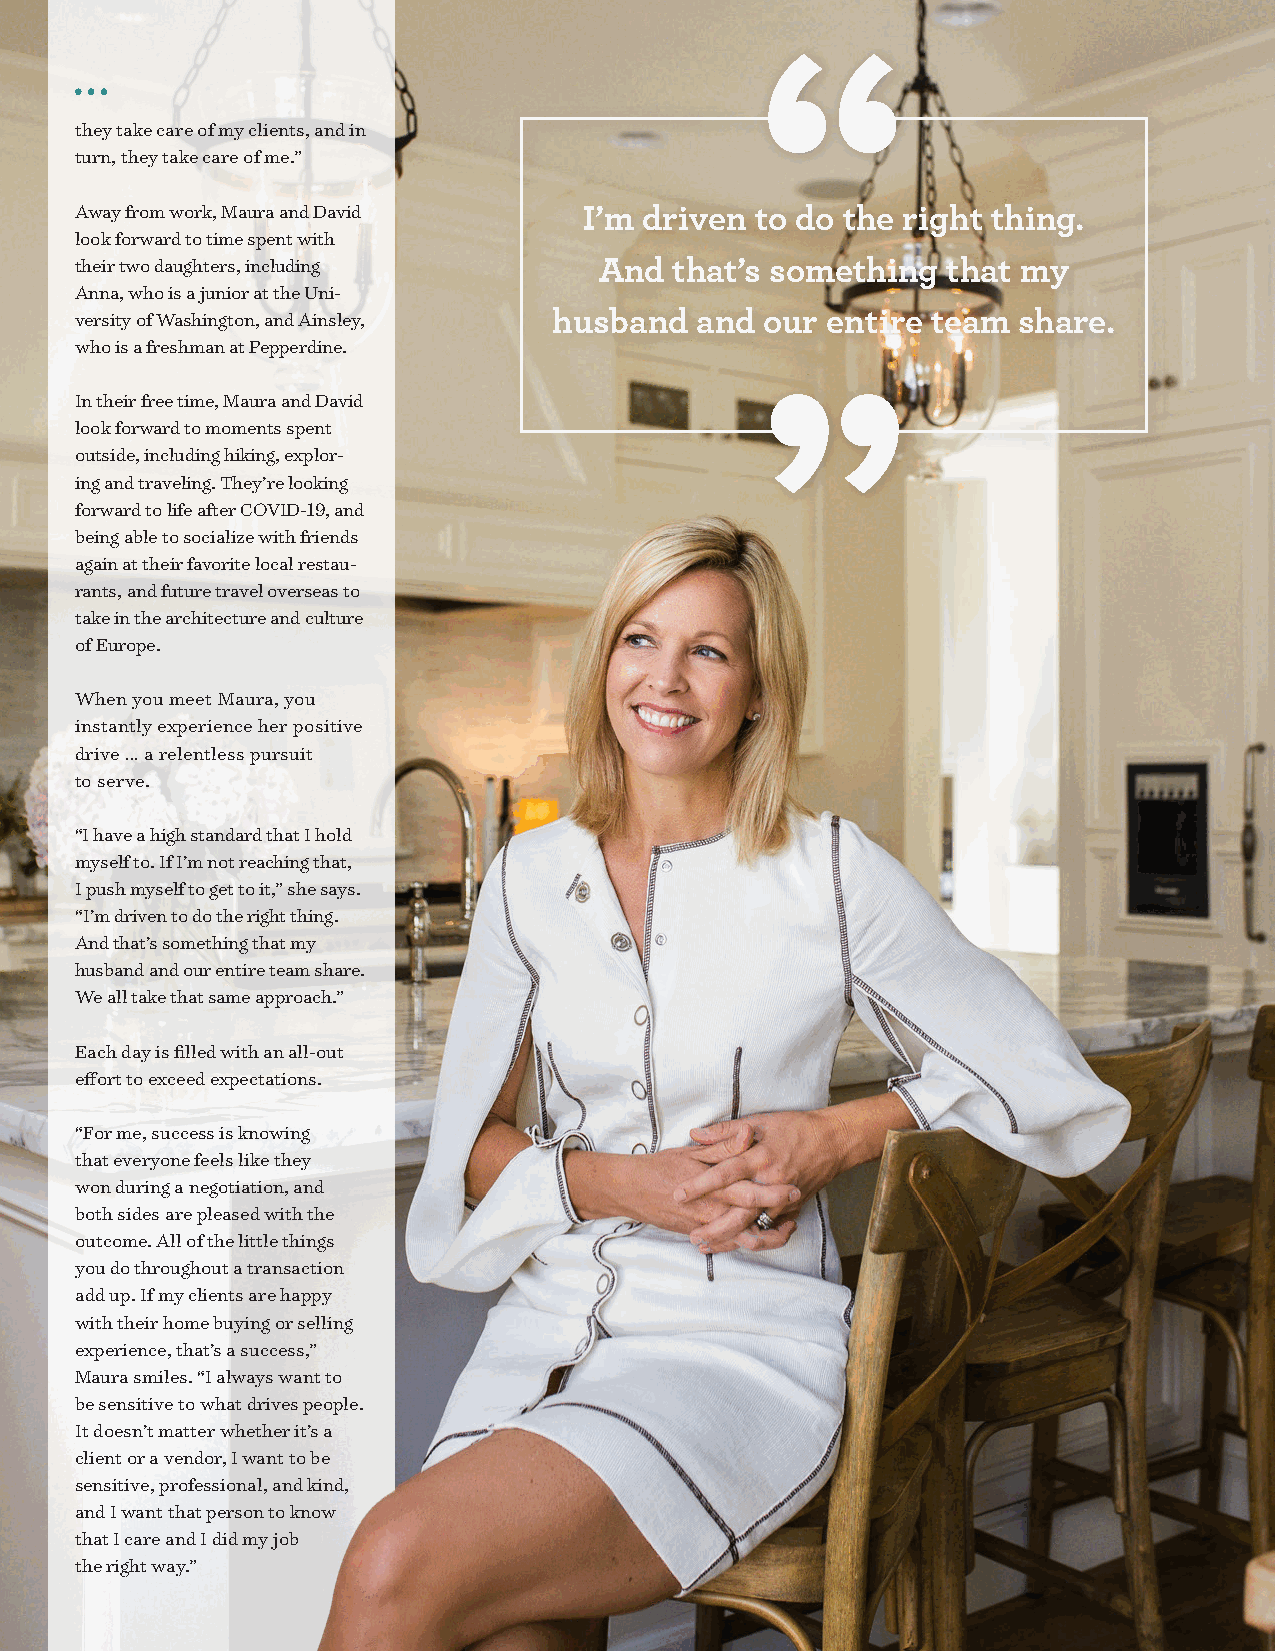
“
 they take care of my clients, and in
 turn, they take care of me.”
 Away from work, Maura and David   I’m driven to do the right thing.
 look forward to time spent with
 their two daughters, including     And  that’s something  that my
 Anna, who is a junior at the Uni-
 versity of Washington, and Ainsley, husband and our entire team share.
 who is a freshman at Pepperdine.
 ”
 In their free time, Maura and David
 look forward to moments spent
 outside, including hiking, explor-
 ing and traveling. They’re looking
 forward to life after COVID-19, and
 being able to socialize with friends
 again at their favorite local restau-
 rants, and future travel overseas to
 take in the architecture and culture
 of Europe.
 When you meet Maura, you
 instantly experience her positive
 drive … a relentless pursuit
 to serve.
 “I have a high standard that I hold
 myself to. If I’m not reaching that,
 I push myself to get to it,” she says.
 “I’m driven to do the right thing.
 And that’s something that my
 husband and our entire team share.
 We all take that same approach.”
 Each day is filled with an all-out
 effort to exceed expectations.
 “For me, success is knowing
 that everyone feels like they
 won during a negotiation, and
 both sides are pleased with the
 outcome. All of the little things
 you do throughout a transaction
 add up. If my clients are happy
 with their home buying or selling
 experience, that’s a success,”
 Maura smiles. “I always want to
 be sensitive to what drives people.
 It doesn’t matter whether it’s a
 client or a vendor, I want to be
 sensitive, professional, and kind,
 and I want that person to know
 that I care and I did my job
 the right way.”
 6 • August 2020                                                   @realproducers